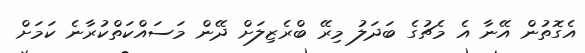
އެގޮތުން އޭނާ އެ މެޗުގެ ބަދަލު މިރޭ ބްރެޒިލަށް ދޭން މަސައްކަތްކުރާނެ ކަމަށް